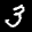
Label: 3